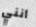
أنني